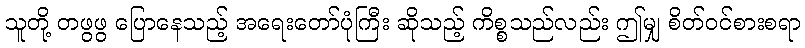
သူတို့ တဖွဖွ ပြောနေသည့် အရေးတော်ပုံကြီး ဆိုသည့် ကိစ္စသည်လည်း ဤမျှ စိတ်ဝင်စားစရာ